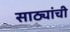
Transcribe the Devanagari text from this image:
साठ्यांची